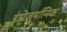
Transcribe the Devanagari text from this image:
इंडोजर्मानिक